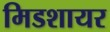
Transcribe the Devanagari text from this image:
मिडशायर